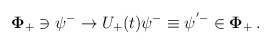
\begin{align*}{\mathbf \Phi}_+ \ni \psi^- \to U_+(t)\psi^-\equiv\psi^{'-} \in {\mathbf\Phi}_+ \,.\end{align*}